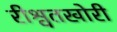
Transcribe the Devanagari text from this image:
रीश्वतखोरी